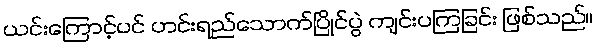
ယင်းကြောင့်ပင် ဟင်းရည်သောက်ပြိုင်ပွဲ ကျင်းပကြခြင်း ဖြစ်သည်။